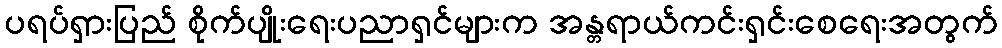
ပရပ်ရှားပြည် စိုက်ပျိုးရေးပညာရှင်များက အန္တရာယ်ကင်းရှင်းစေရေးအတွက်